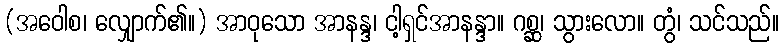
(အဝေါစ၊ လျှောက်၏။) အာဝုသော အာနန္ဒ၊ ငါ့ရှင်အာနန္ဒာ။ ဂစ္ဆ၊ သွားလော။ တွံ၊ သင်သည်။